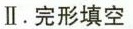
Ⅱ.完形填空